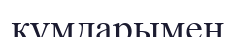
құмдарымен